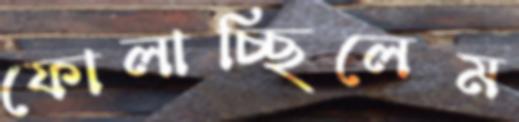
ফোলাচ্ছিলেম